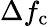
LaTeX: \Delta f_{\mathrm{c}}